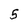
Character: 5